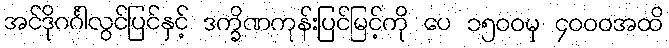
အင်ဒိုဂင်္ဂါလွင်ပြင်နှင့် ဒက္ခိဏကုန်းပြင်မြင့်ကို ပေ ၁၅၀၀မှ ၄၀၀၀အထိ